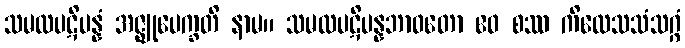
သမထပဋိပန္နံ အဇ္ဈုပေက္ခတိ နာမ။ သမထပဋိပန္နဘာဝတော ဧဝ စဿ ကိလေသသံသဂ္ဂံ